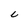
Character: C